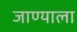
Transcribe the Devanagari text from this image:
जाण्याला